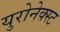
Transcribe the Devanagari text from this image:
युरोनेक्स्ट